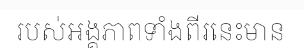
របស់អង្គភាពទាំងពីរនេះមាន